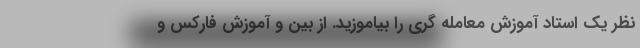
نظر یک استاد آموزش معامله گری را بیاموزید. از بین و آموزش فارکس و